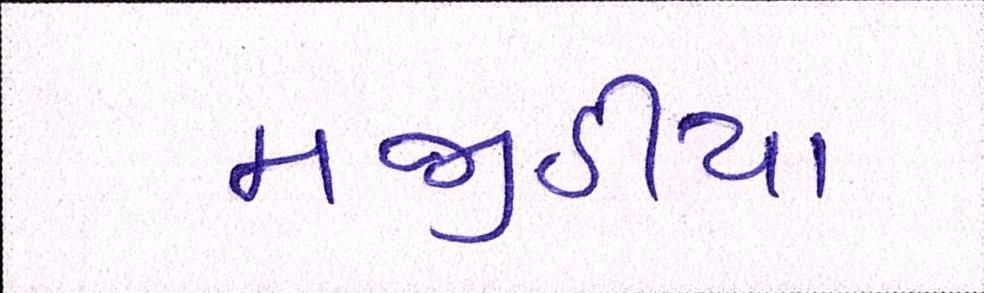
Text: મજીઠીયા